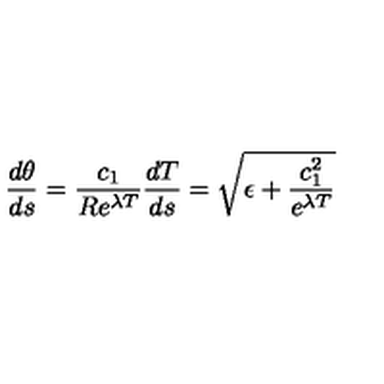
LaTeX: \frac { d \theta } { d s } = \frac { c _ { 1 } } { R e ^ { \lambda T } } \frac { d T } { d s } = \sqrt { \epsilon + \frac { c _ { 1 } ^ { 2 } } { e ^ { \lambda T } } }